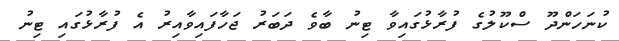
ކުނަހަންދޫ ސްކޫލުގެ ފުރާޅުގައިވާ ޓިނު ބާވެ ދަބަރު ޖަހާފައިވާއިރު އެ ފުރާޅުގައި ޓިނު